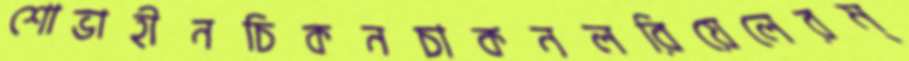
শোভাহীনচিকনচাকনলরিয়েলেরম্